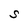
Character: S